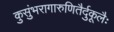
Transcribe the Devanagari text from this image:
कुसुंभरागारुणितैर्दुकूलैः